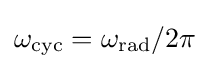
\omega _{\text{cyc}}=\omega _{\text{rad}}/2\pi